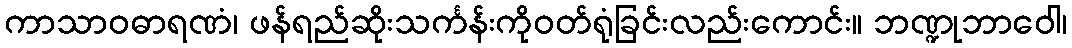
ကာသာဝဓာရဏံ၊ ဖန်ရည်ဆိုးသင်္ကန်းကိုဝတ်ရုံခြင်းလည်းကောင်း။ ဘဏ္ဍုဘာဝေါ၊